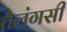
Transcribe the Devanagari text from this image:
तेलंगसी